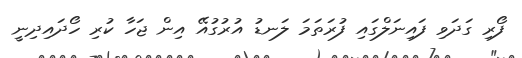
ފޯރި ގަދަވި ފައިނަލްގައި ފުރަތަމަ ލަނޑު އުރުގުއޭ އިން ޖަހާ ކުރި ހޯދައިދިނީ